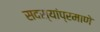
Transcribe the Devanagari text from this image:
सदस्यांप्रमाणे